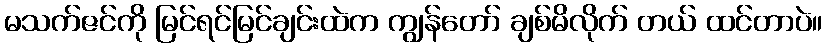
မသက်ဇင်ကို မြင်ရင်မြင်ချင်းထဲက ကျွန်တော် ချစ်မိလိုက် တယ် ထင်တာပဲ။